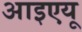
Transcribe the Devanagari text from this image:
आइएयू